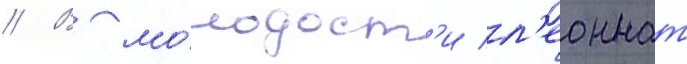
// В мо́лодост'и л'еоннат